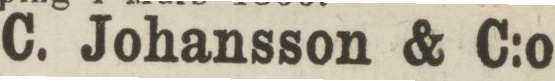
C. Johansson & C:o.